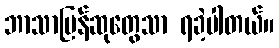
ဘာသာပြန်ဆုတွေသာ ရခဲ့ပါတယ်။